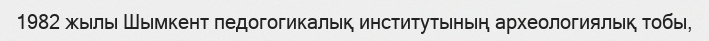
1982 жылы Шымкент педогогикалық институтының археологиялық тобы,